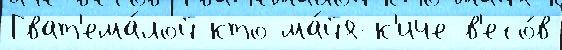
Гват'ема́лой кто ма́йя-к'иче в'есо́в